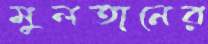
মুলতানের